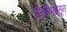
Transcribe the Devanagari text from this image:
लिहिण्यातून